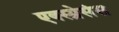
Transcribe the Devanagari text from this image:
एक्स्प्रेसंस